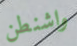
واشنطن